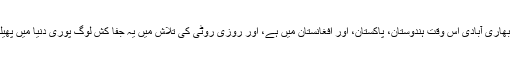
‘گجروں کی بھاری آبادی اس وقت ہندوستان، پاکستان، اور افغانستان میں ہے، اور روزی روٹی کی تلاش میں یہ جفا کش لوگ پوری دنیا میں پھیلے ہوۓ ہیں۔